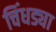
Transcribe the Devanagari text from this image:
चिंधड्या